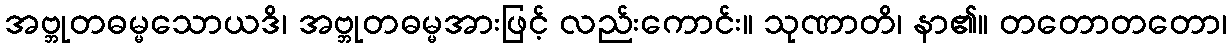
အဗ္ဘုတဓမ္မသောယဒိ၊ အဗ္ဘုတဓမ္မအားဖြင့် လည်းကောင်း။ သုဏာတိ၊ နာ၏။ တတောတတော၊